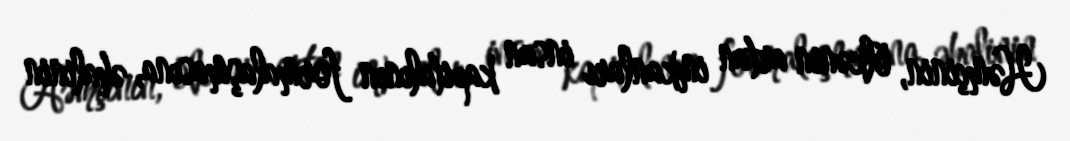
Həmçinin, ölkənin artan imkanları insan kapitalının formalaşmasına, əhalinin